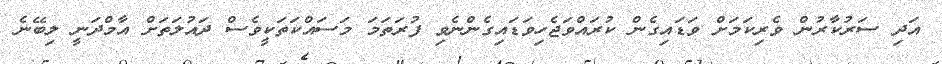
އަދި ސަރުކާރުން ވެރިކަމަށް ވަޑައިގެން ކުރައްވަޖެހިވަޑައިގެންނެވި ފުރަތަމަ މަސައްކަތަކީވެސް ދައުލަތަށް އާމްދަނީ ލިބޭނެ